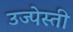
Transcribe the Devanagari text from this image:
उज्पेस्ती